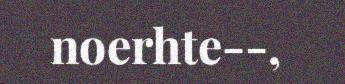
noerhte-‐,